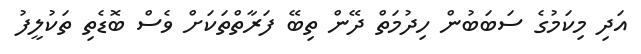
އަދި މިކަމުގެ ސަބަބުން ހިދުމަތް ދޭން ތިބޭ ފަރާތްތަކަށް ވެސް ބޮޑެތި ތަކުލީފު